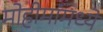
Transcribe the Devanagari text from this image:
मोहीमांमध्ये